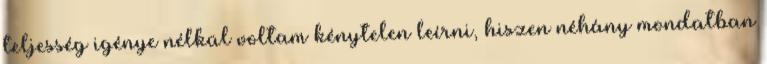
teljesség igénye nélkül voltam kénytelen leírni, hiszen néhány mondatban